Indian journal of veterinary science and animal husbandry - Volumes 24-25, 1954-1955
Year: 1954
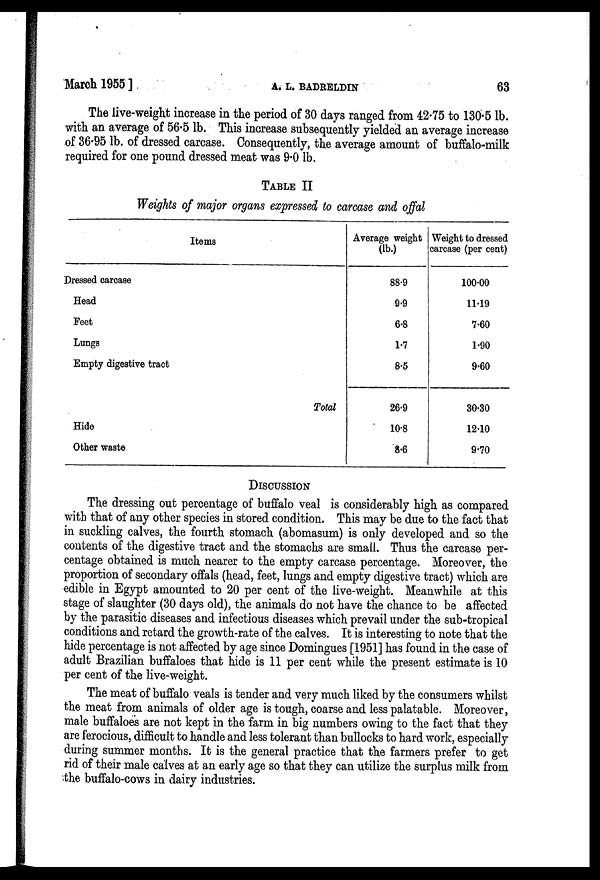
March 1955]
A.
L.
BADRELDIN
63
The live-weight increase in the period of 30 days ranged from 42.75 to 130.5 lb.
with an average of 56.5 lb. This increase subsequently yielded an average increase
of 36.95 lb. of dressed carcase. Consequently, the average amount of buffalo-milk
required for one pound dressed meat was 9.0 lb.
TABLE II
Weights of major organs expressed to carcase and offal
Items
Dressed carcase
Head
Feet
Lungs
Empty digestive tract
Total
Hide
Other waste
Average weight
(lb.)
88.9
9.9
6.8
1.7
8.5
26.9
10.8
8.6
Weight to dressed
carcase (per cent)
100.00
11.19
7.60
1.90
9.60
30.30
12.10
9.70
DISCUSSION
The dressing out percentage of buffalo veal is considerably high as compared
with that of any other species in stored condition. This may be due to the fact that
in suckling calves, the fourth stomach (abomasum) is only developed and so the
contents of the digestive tract and the stomachs are small. Thus the carcase per-
centage obtained is much nearer to the empty carcase percentage. Moreover, the
proportion of secondary offals (head, feet, lungs and empty digestive tract) which are
edible in Egypt amounted to 20 per cent of the live-weight. Meanwhile at this
stage of slaughter (30 days old), the animals do not have the chance to be affected
by the parasitic diseases and infectious diseases which prevail under the sub-tropical
conditions and retard the growth-rate of the calves. It is interesting to note that the
hide percentage is not affected by age since Domingues [1951] has found in the case of
adult Brazilian buffaloes that hide is 11 per cent while the present estimate is 10
per cent of the live-weight.
The meat of buffalo veals is tender and very much liked by the consumers whilst
the meat from animals of older age is tough, coarse and less palatable. Moreover,
male buffaloes are not kept in the farm in big numbers owing to the fact that they
are ferocious, difficult to handle and less tolerant than bullocks to hard work, especially
during summer months. It is the general practice that the farmers prefer to get
rid of their male calves at an early age so that they can utilize the surplus milk from
the buffalo-cows in dairy industries.